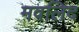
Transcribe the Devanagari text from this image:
मवलिद